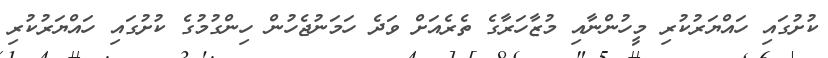
ކުށުގައި ހައްޔަރުކުރި މީހުންނާއި މުޒާހަރާގެ ތެރެއަށް ވަދެ ހަމަނުޖެހުން ހިންގުމުގެ ކުށުގައި ހައްޔަރުކުރި